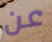
عن